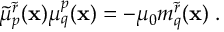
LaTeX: \tilde { \mu } _ { p } ^ { \tilde { r } } ( { \bf x } ) \mu _ { q } ^ { p } ( { \bf x } ) = - \mu _ { 0 } m _ { q } ^ { \tilde { r } } ( { \bf x } ) \; .